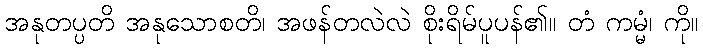
အနုတပ္ပတိ အနုသောစတိ၊ အဖန်တလဲလဲ စိုးရိမ်ပူပန်၏။ တံ ကမ္မံ၊ ကို။